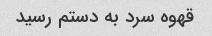
قهوه سرد به دستم رسید